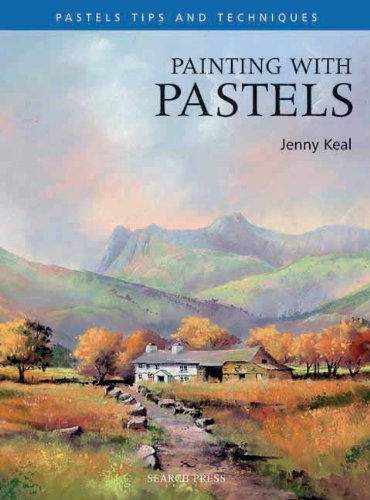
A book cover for Painting with Pastels (Pastel Painting Tips & Techniques); Jenny Keal; Arts & Photography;